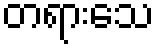
တရားသေ